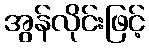
အွန်လိုင်းဖြင့်